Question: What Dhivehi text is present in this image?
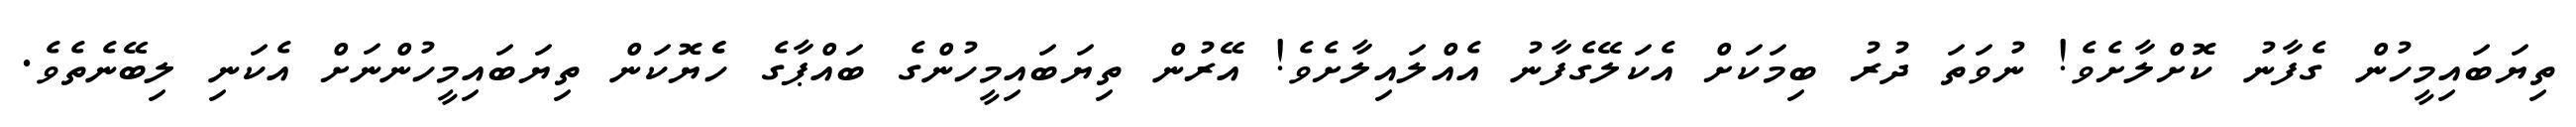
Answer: ތިޔަބައިމީހުން ގެފާނު ކޮށްލާށެވެ! ނުވަތަ ދުރު ބިމަކަށް އެކަލޭގެފާނު އެއްލައިލާށެވެ! އޭރުން ތިޔަބައިމީހުންގެ ބައްޕާގެ ހެެޔޮކަން ތިޔަބައިމީހުންނަށް އެކަނި ލިބޭނެތެވެ.